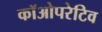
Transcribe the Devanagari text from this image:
कॉओपरेटिव